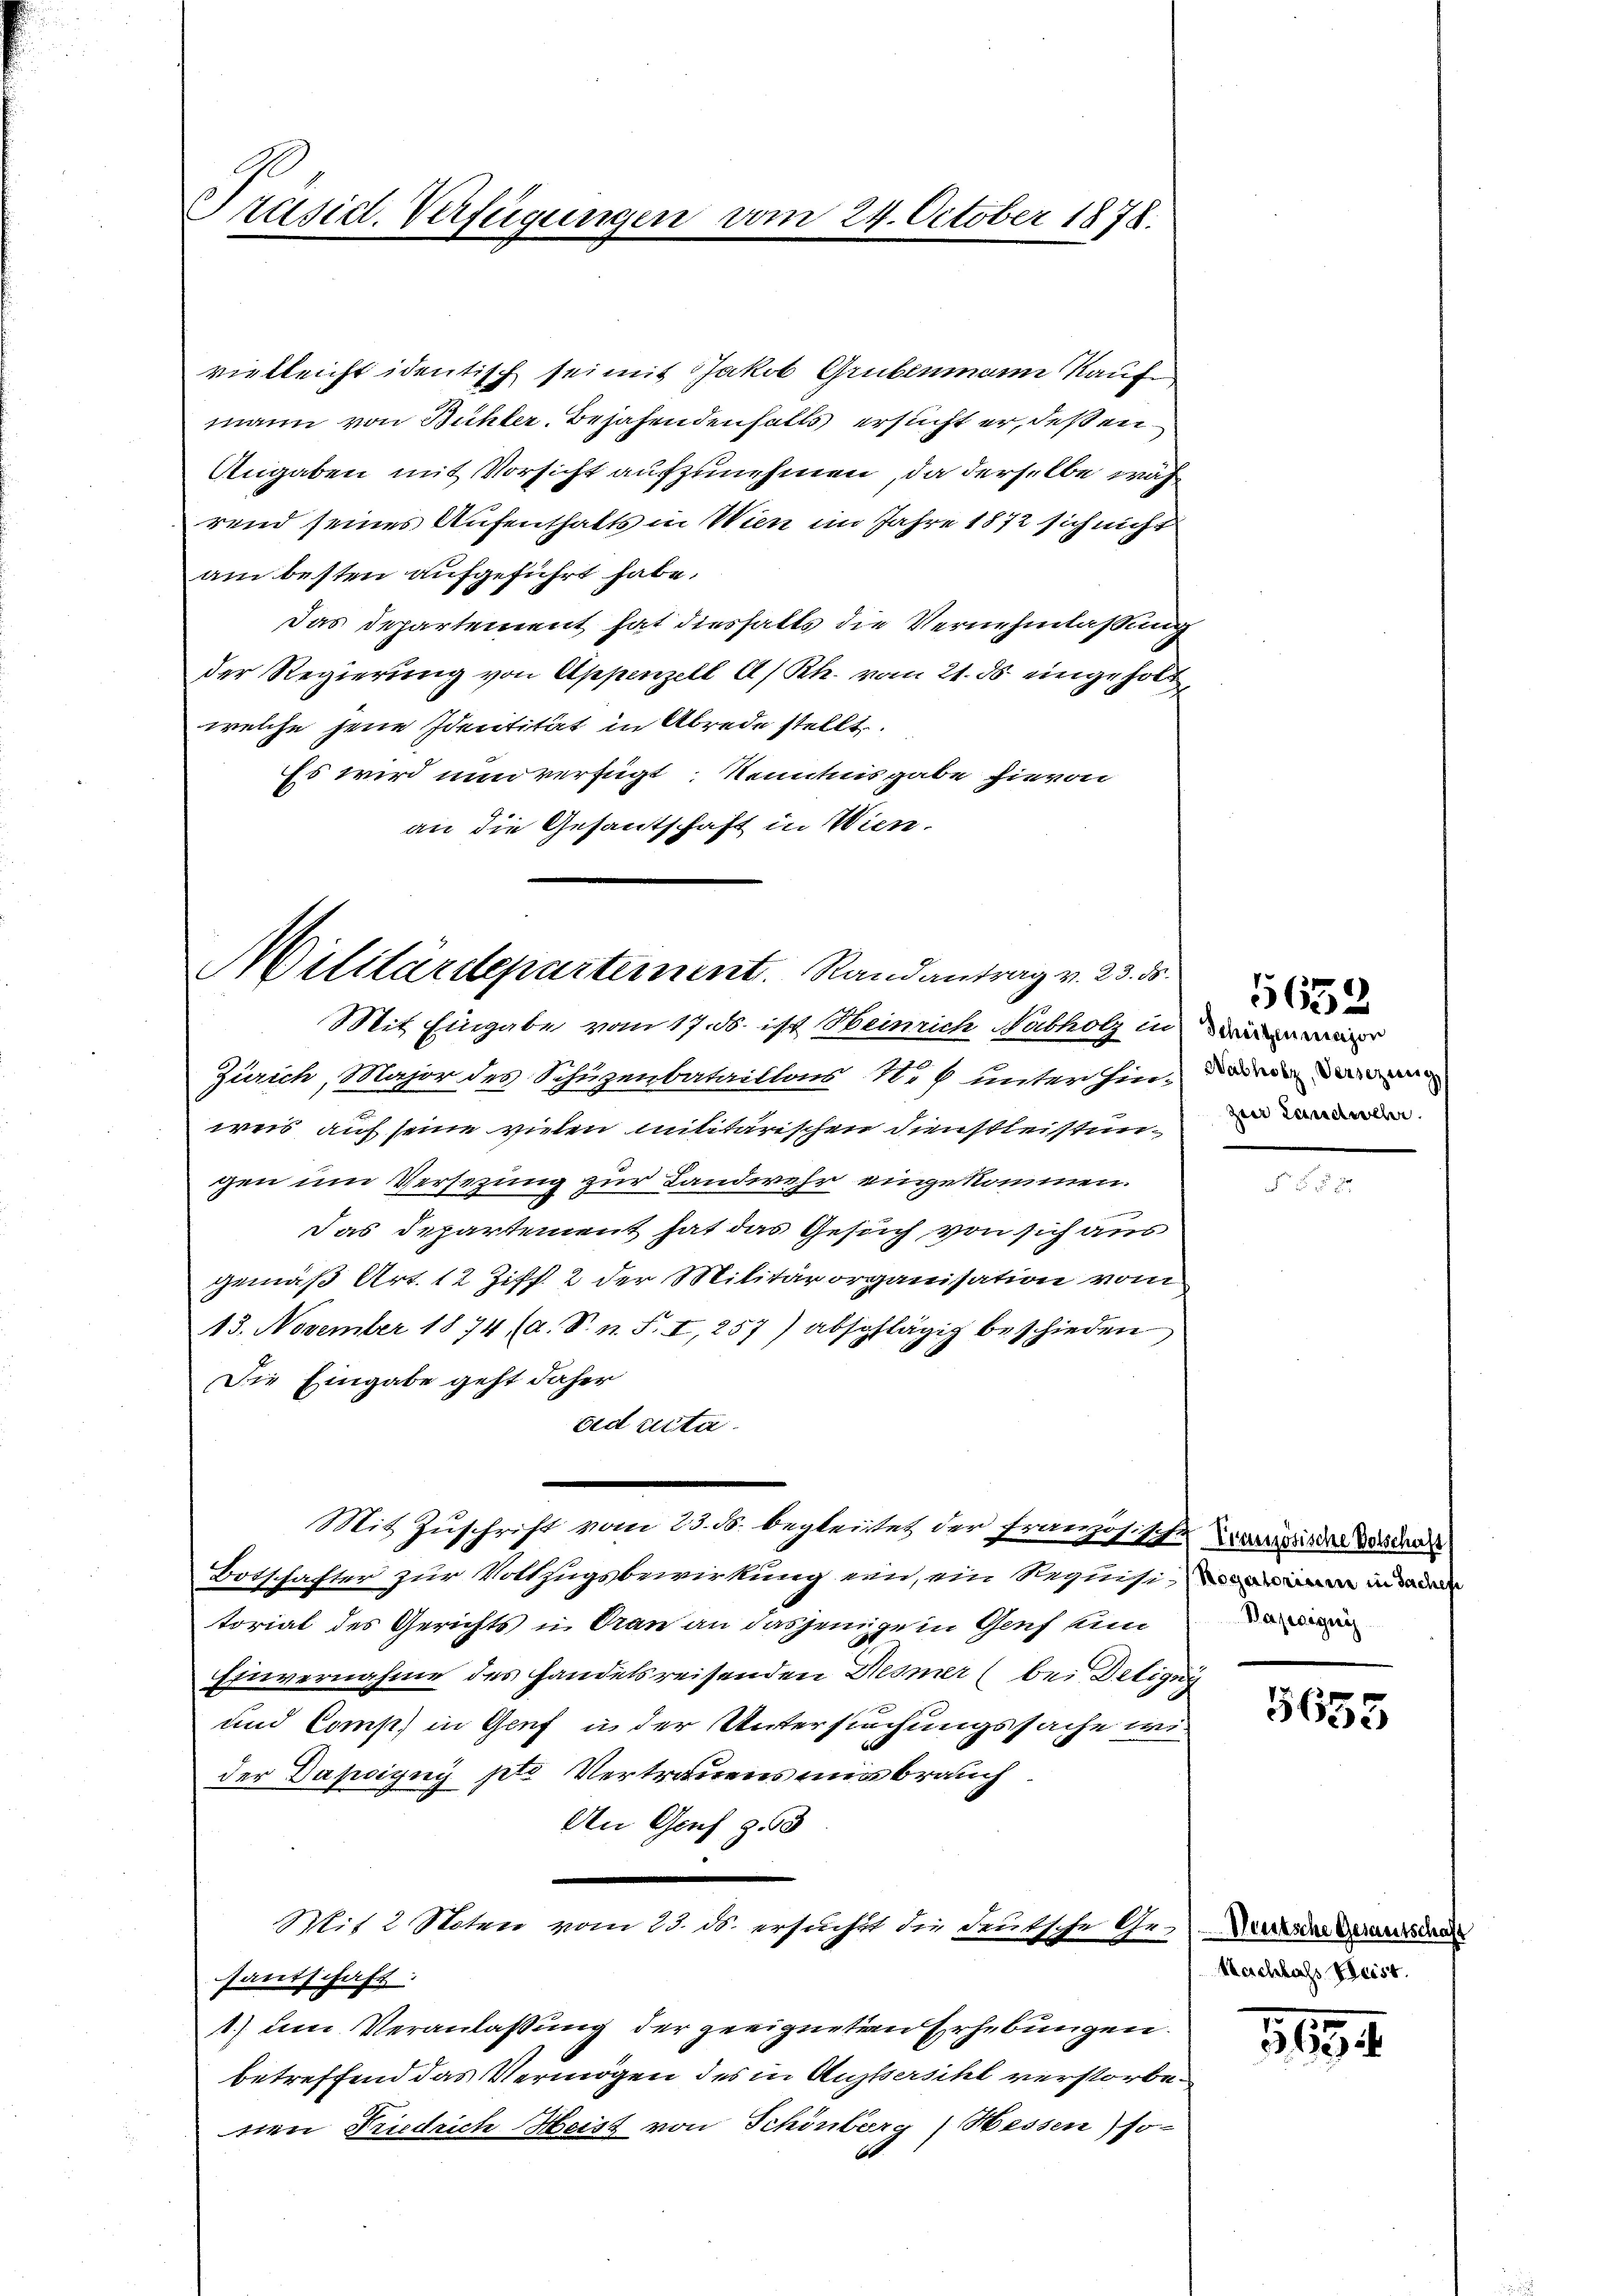
Präsid. Verfügungen

vielleicht identisch sei mit Jakob Grubenmann Kauf
mann von Bühler, Bejahendenfalls ersucht er, deßen
Angaben mit Vorsicht aufzunehmen, da derselbe wah
rend seines Aufenthalts in Wien im Jahre 1872 sich nicht
am besten aufgeführt habe,
Das Departement hat dieshalts die Vernehmlaßung
der Regierung von Appenzell A/Rh. vom 21. ds. eingeholt,
welche jene Identität in Abrede stellt.
Es wird nun verfügt, Kenntnisgabe hievon
an die Gesandtschaft in Wien.

Militärdepartement. Randantrag v. 23. ds.

24. October 1878.

Mit Eingabe vom 17. ds. ist Heinrich Nabholz in
Zürich, Major des Schuzenbataillons Not unter hin, darin dann
weis auf seine vielen militärischen Dienstleistunden
gen um Versezung zur Landwehr eingekommen.
.
Das Departement hat das Gesuch von sich aus
gemäß Art. 12 Ziff. 2 der Militärorganisation vom
13. November 1874 (d. S. n. F. I, 257) abschlägig beschieden
Die Eingabe geht daher
oed certa
Mit Zuschrift vom 23. ds. begleitet der Französische Transieder Vorden
Botschafter zur Vollzugsbewirkung ein, ein Requisin in
torial des Gerichts u. dran an dasjenige in Genf ein
Einvernahme des handelsreisenden Desmer (bei Detigny
und Comp. in Genf in der Untersuchungssache wi
der Dapoigny pto Vertrauens mir brauch
An Genf § 53
.
Mit 2 Noten vom 23. ds. ersucht die deutsche Ge-Vereine daraussere
sautschaft:
1.) um Veranlassung der geeigneten Erhebungen.
betreffend das Vermögen des in Aussersihl verstorbenen Friedrich Heist von Schönberg) Hessen) so-

5652

Bapaignis

3655

Neschlass Beist.

3694.